Investigations into the jail dietaries of the United Provinces with some observations on the influence of dietary on the physical development and well-being of the people of the United Provinces - Number 48
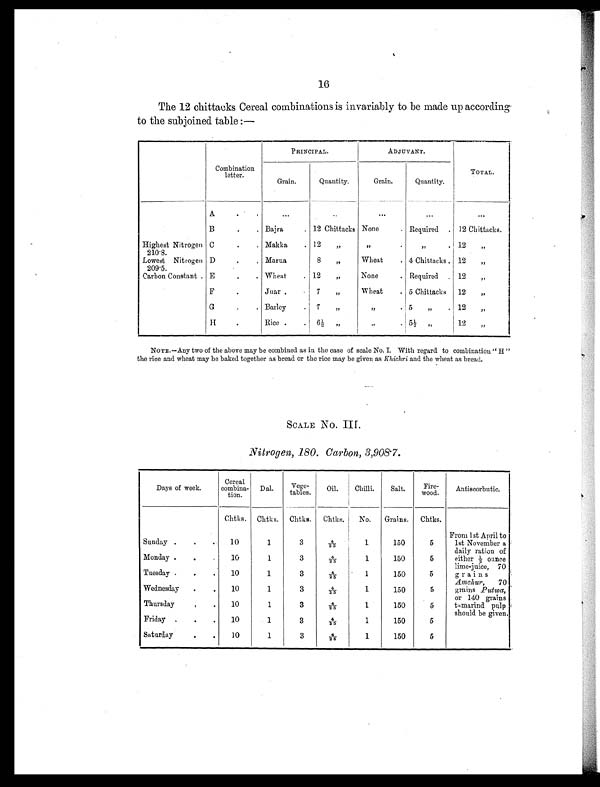
16
The 12 chittacks Cereal combinations is invariably to be made up according
to the subjoined table :—
Combination
letter.
PRINCIPAL.
ADJUVANT.
TOTAL.
Grain.
Quantity.
Grain.
Quantity.
A
. . ...
. . .
...
...
. . .
B
.
. Bajra
. 12 Chittacks None
. Required . 12 Chittacks.
Highest Nitrogen
210.8.
C
. . Makka
. 12
„ „
.
„
. 12
„
Lowest Nitrogen
209.5.
D
.
. Marua
8
„
Wheat
. 4 Chittacks . 12
„
Carbon Constant . E
.
. Wheat
. 12
„
None
. Required . 12
„
F
Juar .
7
„
Wheat
. 5 Chittacks 12
„
G
.
. Barley
. 7
„
,,
. 5
„
. 12
„
H
Rice .
. 6½ „
„
.
5½ „
.
1 2
„
NOTE.—Any two of the above may be combined as in the case of scale No. I. With regard to combination " H "
the rice and wheat may be baked together as bread or the rice may be given as Khichri and the wheat as bread.
SCALE No. III.
Nitrogen, 180. Carbon, 3,908.7.
Days of week.
Cereal
combina-
tion.
Dal.
Vege-
tables.
Oil.
Chilli.
Salt.
Fire-
wood.
Antiscorbutic.
Chtks. Chtks. Chtks. Chtks.
No.
Grains. Chtks.
Sunday .
.
. 10
1
3
4 / 2 5
1
150
5
From 1st April to
1st November a
daily ration of
either ½ ounce
lime-juice, 70
grains
Amchur,
70
grains Putwa,
or 140 grains
tamarind pulp
should be given.
Monday .
.
.
10
1
3
4 / 2 5
1
150
5
Tuesday .
.
.
10
1
3
4 / 2 5
1
150
5
Wednesday
.
.
10
1
3
4 / 2 5
1
150
5
Thursday
.
.
10
1
3
4 / 2 5
1
150
5
Friday
. .
.
10
1
3
4 / 2 5
1
150
5
Saturday
.
.
10
1
3
4 / 2 5
1
150
5